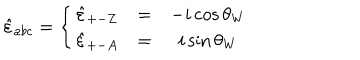
LaTeX: \hat { \varepsilon } _ { a b c } = \left\{ \begin{array} { c c c } { { \hat { \varepsilon } _ { + - Z } } } & { { = } } & { { - i \cos \theta _ { W } } } \\ { { \hat { \varepsilon } _ { + - A } } } & { { = } } & { { i \sin \theta _ { W } } } \\ \end{array} \right.